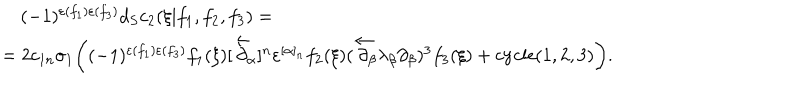
\begin{array} { l } { { \, \, \, \, \, \, ( - 1 ) ^ { \varepsilon ( f _ { 1 } ) \varepsilon ( f _ { 3 } ) } d _ { S } c _ { 2 } ( \xi | f _ { 1 } , f _ { 2 } , f _ { 3 } ) = } } \\ { { = 2 c _ { 1 n } \sigma _ { 1 } \biggl ( ( - 1 ) ^ { \varepsilon ( f _ { 1 } ) \varepsilon ( f _ { 3 } ) } f _ { 1 } ( \xi ) [ \overleftarrow \partial \! \! _ { \alpha } ] ^ { n } \varepsilon ^ { [ \alpha ] _ { n } } f _ { 2 } ( \xi ) ( \overleftarrow \partial \! \! _ { \beta } \lambda _ { \beta } \partial _ { \beta } ) ^ { 3 } f _ { 3 } ( \xi ) + \mathrm { c y c l e } ( 1 , 2 , 3 ) \biggr ) . } } \\ \end{array}